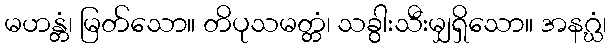
မဟန္တံ၊ မြတ်သော။ တိပုသမတ္တံ၊ သခွါးသီးမျှရှိသော။ အနဂ္ဃံ၊